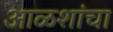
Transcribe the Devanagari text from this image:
आळशांचा